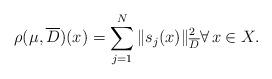
LaTeX: \begin{align*} \rho(\mu,\overline{D})(x)=\sum_{j=1}^N \|s_j(x)\|_{\overline{D}}^2\forall\,x\in X. \end{align*}